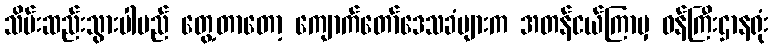
သိမ်းဆည်းသွားပါမည် တွေ့တာတော့ ကျောက်တော်ဒေသခံများက အတန်ငယ်ကြာမှ ဝန်ကြီးဌာနရုံး